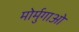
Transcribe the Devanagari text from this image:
मोर्मुगाओ